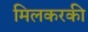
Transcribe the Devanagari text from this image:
मिलकरकी